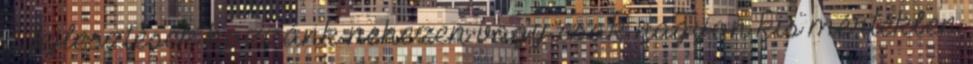
a fejlesztések hozzánk nehezen vagy csak nagyon kis mértékben